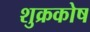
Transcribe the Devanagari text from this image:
शुक्रकोष